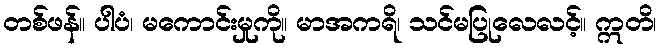
တစ်ဖန်။ ပါပံ၊ မကောင်းမှုကို။ မာအကရိ၊ သင်မပြုလေလင့်။ ဣတိ၊